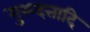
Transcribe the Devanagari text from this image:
गुरुदत्तादि